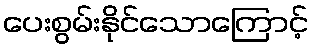
ပေးစွမ်းနိုင်သောကြောင့်